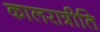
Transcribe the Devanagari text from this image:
कालरात्रीति